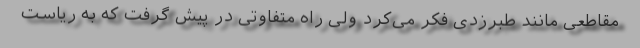
مقاطعی مانند طبرزدی فکر می‌کرد ولی راه متفاوتی در پیش گرفت که به ریاست